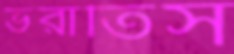
ভরাতিস